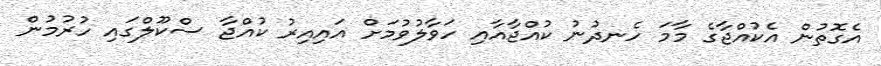
އެގޮތުން އެކުއްޖާގެ މާމަ ހެނދުނު ކުއްޖާއާއި ހަވާލުވުމަށް އައިއިރު ކުއްޖާ ސްކޫލްގައި ހުރުމުން